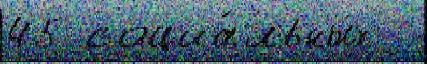
45 социа́льных